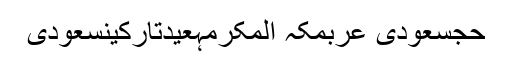
حجسعودی عربمکہ المکرمہعیدتارکینسعودی